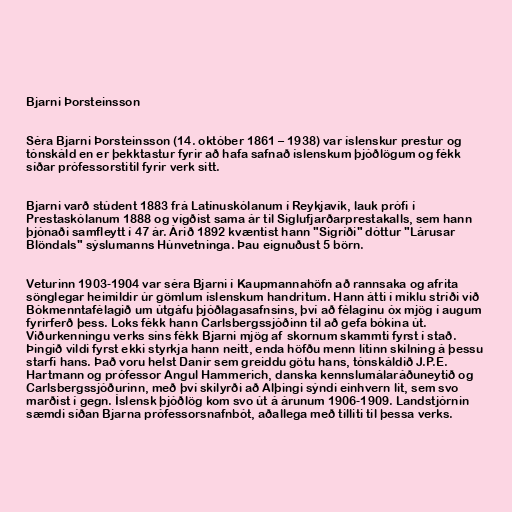
Bjarni Þorsteinsson

Séra Bjarni Þorsteinsson (14. október 1861 – 1938) var íslenskur prestur og
tónskáld en er þekktastur fyrir að hafa safnað íslenskum þjóðlögum og fékk
síðar prófessorstitil fyrir verk sitt.

Bjarni varð stúdent 1883 frá Latínuskólanum í Reykjavík, lauk prófi í
Prestaskólanum 1888 og vígðist sama ár til Siglufjarðarprestakalls, sem hann
þjónaði samfleytt í 47 ár. Árið 1892 kvæntist hann "Sigríði" dóttur "Lárusar
Blöndals" sýslumanns Húnvetninga. Þau eignuðust 5 börn.

Veturinn 1903-1904 var séra Bjarni í Kaupmannahöfn að rannsaka og afrita
sönglegar heimildir úr gömlum íslenskum handritum. Hann átti í miklu stríði við
Bókmenntafélagið um útgáfu þjóðlagasafnsins, því að félaginu óx mjög í augum
fyrirferð þess. Loks fékk hann Carlsbergssjóðinn til að gefa bókina út.
Viðurkenningu verks síns fékk Bjarni mjög af skornum skammti fyrst í stað.
Þingið vildi fyrst ekki styrkja hann neitt, enda höfðu menn lítinn skilning á þessu
starfi hans. Það voru helst Danir sem greiddu götu hans, tónskáldið J.P.E.
Hartmann og prófessor Angul Hammerich, danska kennslumálaráðuneytið og
Carlsbergssjóðurinn, með því skilyrði að Alþingi sýndi einhvern lit, sem svo
marðist í gegn. Íslensk þjóðlög kom svo út á árunum 1906-1909. Landstjórnin
sæmdi síðan Bjarna prófessorsnafnbót, aðallega með tilliti til þessa verks.